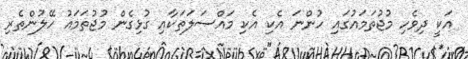
އަކީ ދިވެހި މުޖުތަމައުގައި ހުންނަ އެކި އެކި މައްސަލަތަކާއި ގުޅިގެން މުޖުތަމައު ހޭލުންތެރި